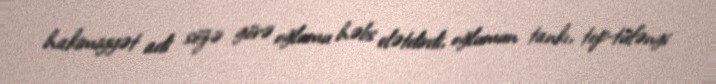
hakimiyyət adi sözə görə oğlumu həbs elətdirdi, oğlumun tankı, top-tüfəngi